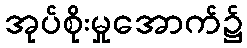
အုပ်စိုးမှုအောက်၌